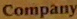
Company